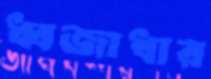
ধ্বজাধার